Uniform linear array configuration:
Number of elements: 8
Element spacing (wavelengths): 0.75
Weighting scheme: cosine
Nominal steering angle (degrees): -60
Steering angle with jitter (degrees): -58.227
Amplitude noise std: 0.05
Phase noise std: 0.05

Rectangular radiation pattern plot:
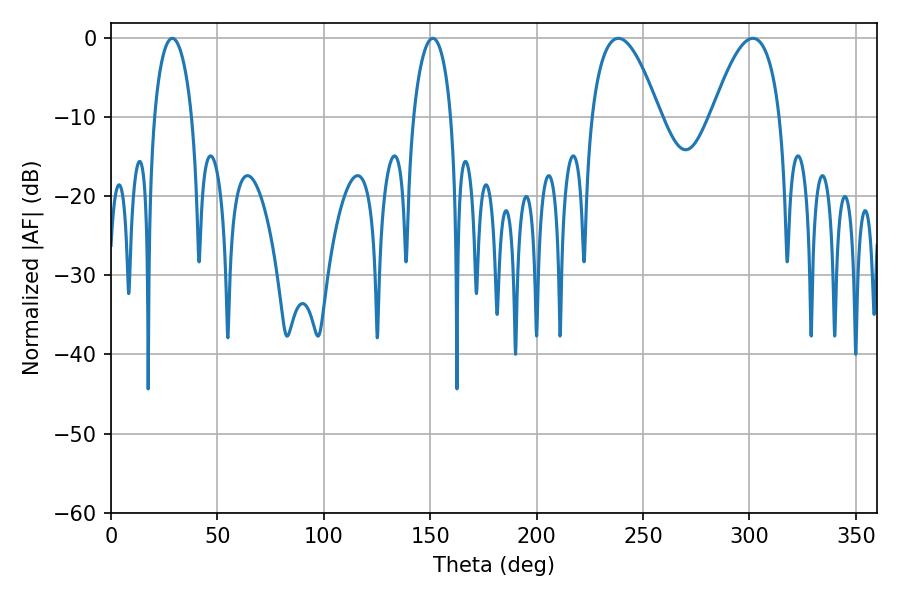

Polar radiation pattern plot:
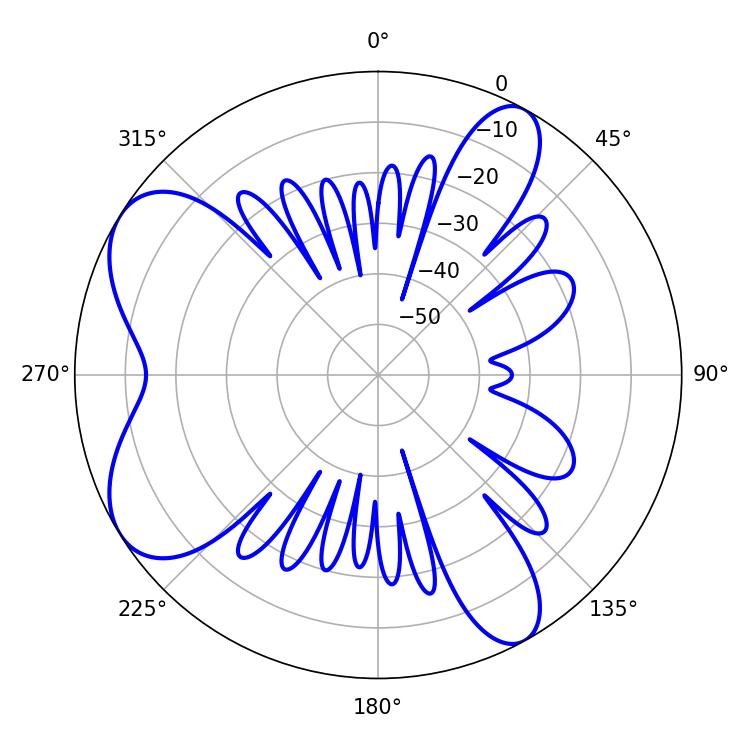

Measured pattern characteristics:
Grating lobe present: TRUE
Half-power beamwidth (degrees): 10.08
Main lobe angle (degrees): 28.8